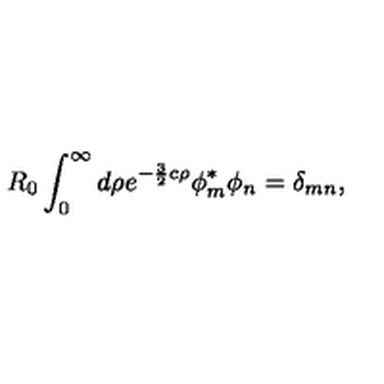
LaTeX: R _ { 0 } \int _ { 0 } ^ { \infty } d \rho e ^ { - \frac { 3 } { 2 } c \rho } \phi _ { m } ^ { \ast } \phi _ { n } = \delta _ { m n } ,